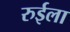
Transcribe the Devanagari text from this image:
रुईला